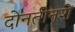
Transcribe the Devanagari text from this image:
दोनतीनशें